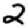
Digit: 2